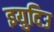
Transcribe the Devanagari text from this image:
इयुदिउ